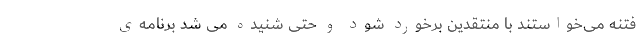
فتنه می‌خواستند با منتقدین برخورد شود و حتی شنیده می شد برنامه‌ی